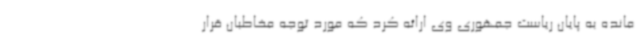
مانده به پایان ریاست جمهوری وی ارائه کرد که مورد توجه مخاطبان قرار